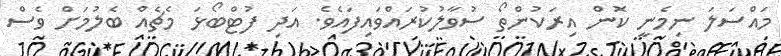
މައްސަލަ ނިމެނީ ކޮން އިރަކުންތޯ ސުވާލުކުރައްވައިފައެވެ. އަދި ފުޓްބޯޅަ މެޗެއް ބެލުމަށް ވެސް